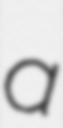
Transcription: a